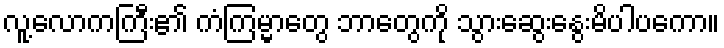
လူ့လောကကြီး၏ ကံကြမ္မာတွေ ဘာတွေကို သွားဆွေးနွေးမိပါပကော။